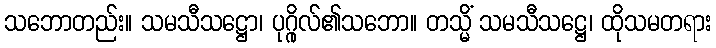
သဘောတည်း။ သမသီသဋ္ဌော၊ ပုဂ္ဂိုလ်၏သဘော။ တသ္မိံ သမသီသဋ္ဌေ၊ ထိုသမတရား